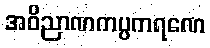
အဝိညာဏကပ္ပကရဏေ